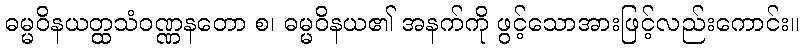
ဓမ္မဝိနယတ္ထသံဝဏ္ဏနတော စ၊ ဓမ္မဝိနယ၏ အနက်ကို ဖွင့်သောအားဖြင့်လည်းကောင်း။